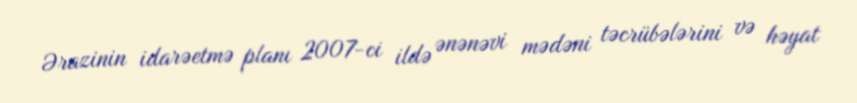
Ərazinin idarəetmə planı 2007-ci ildə ənənəvi mədəni təcrübələrini və həyat